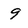
Character: 9